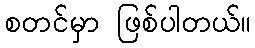
စတင်မှာ ဖြစ်ပါတယ်။